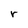
Character: r